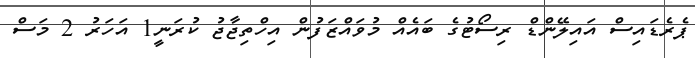
ޕެރެޑައިސް އައިލޭންޑް ރިސޯޓުގެ ބައެއް މުވައްޒަފުން އިހްތިޖާޖު ކުރަނީ1 އަހަރު 2 މަސް